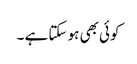
کوئی بھی ہو سکتا ہے ۔